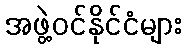
အဖွဲ့ဝင်နိုင်ငံများ